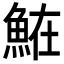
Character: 𩶦